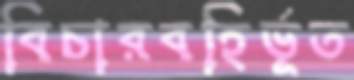
বিচারবহির্ভূত